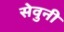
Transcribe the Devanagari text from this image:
सेवुनी